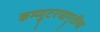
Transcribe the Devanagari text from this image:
कम्प्युटरजागृतीचा